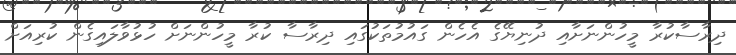
ދިރާސާކުރާ މީހުންނަށާއި ދުނިޔޭގެ އެހެން ގައުމުތަކުގައި ދިރާސާ ކުރާ މީހުންނަށް ހުޅުވާލައިގެން ކުރިއަށް